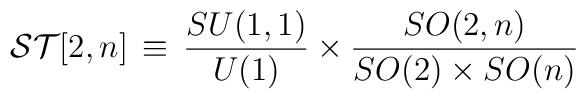
{\cal ST}[2,n] \, \equiv \,  \frac{SU(1,1)}{U(1)}\times\frac{SO(2,n)}{SO(2)\times SO(n)}